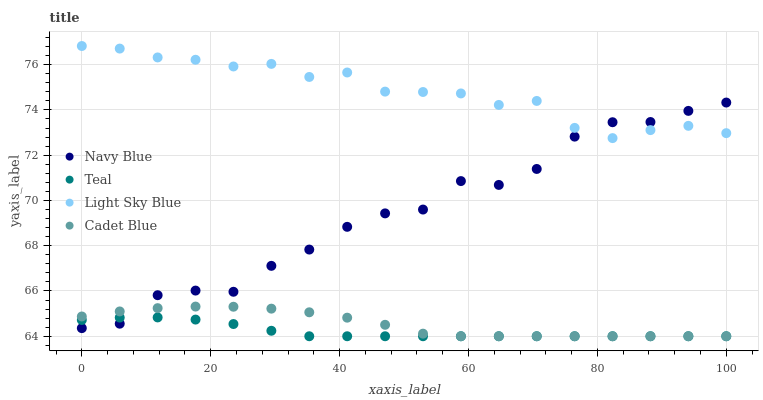
| xaxis_label | Navy Blue | Teal | Light Sky Blue | Cadet Blue |
 | --- | --- | --- | --- | --- |
 | 0 | 64.4 | 64.7 | 76.8 | 64.9 |
 | 5.88 | 64.6 | 64.8 | 76.7 | 65.1 |
 | 11.8 | 65.8 | 64.8 | 76.3 | 65.2 |
 | 17.6 | 66 | 64.7 | 76.2 | 65.3 |
 | 23.5 | 66 | 64.5 | 75.9 | 65.3 |
 | 29.4 | 67.1 | 64.2 | 76 | 65.2 |
 | 35.3 | 67.8 | 64 | 75.5 | 65.1 |
 | 41.2 | 68.8 | 64 | 75.7 | 64.8 |
 | 47.1 | 69.4 | 64 | 74.8 | 64.5 |
 | 52.9 | 69.6 | 64 | 74.8 | 64.1 |
 | 58.8 | 70.9 | 64 | 74.7 | 64 |
 | 64.7 | 70.7 | 64 | 74.2 | 64 |
 | 70.6 | 71.4 | 64 | 74.4 | 64 |
 | 76.5 | 72.8 | 64 | 73.2 | 64 |
 | 82.4 | 73.5 | 64 | 72.8 | 64 |
 | 88.2 | 73.5 | 64 | 73.1 | 64 |
 | 94.1 | 74 | 64 | 73.3 | 64 |
 | 100 | 74.3 | 64 | 73 | 64 |